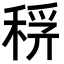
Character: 𥟞